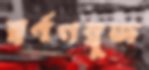
স্বর্ণগম্বুজ